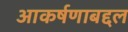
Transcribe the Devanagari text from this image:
आकर्षणाबद्दल